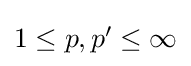
{\textstyle 1\leq p,p'\leq \infty }